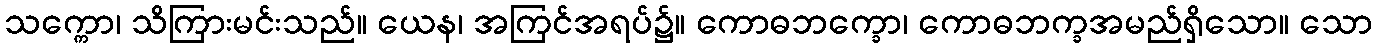
သက္ကော၊ သိကြားမင်းသည်။ ယေန၊ အကြင်အရပ်၌။ ကောဓဘက္ခော၊ ကောဓဘက္ခအမည်ရှိသော။ သော